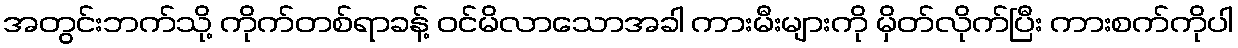
အတွင်းဘက်သို့ ကိုက်တစ်ရာခန့် ဝင်မိလာသောအခါ ကားမီးများကို မှိတ်လိုက်ပြီး ကားစက်ကိုပါ